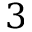
3